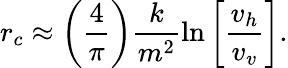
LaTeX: r_{c}\approx\left(\frac{4}{\pi}\right)\frac{k}{m^{2}}\ln\left[\frac{v_{h}}{v_{v}}\right].